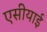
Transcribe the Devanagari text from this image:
एसीयाई